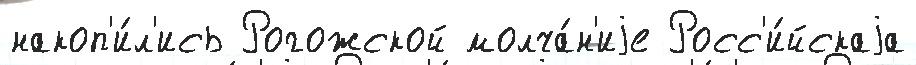
накоп'и́л'ись Рогожской молча́н'иjе Росс'и́йскаjа